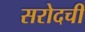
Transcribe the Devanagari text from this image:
सरोदची